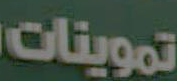
تموينات